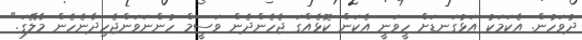
ދުވަހުން. އެކަމަކު އަޅުގަނޑަށް ހީވަނީ އެކަން ކޮޅެއްގަ ޖެހެންދެން ވަސީމް ހުންނަވަންޖެހިދާނެހެން މާލޭގަ."